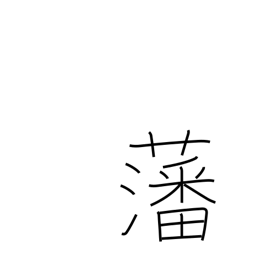
Meaning: enclosure